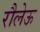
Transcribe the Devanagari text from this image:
रौलेऊ